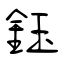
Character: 鈺